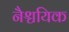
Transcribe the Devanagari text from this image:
नैश्चयिक